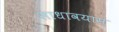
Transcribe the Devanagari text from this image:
साधावयास